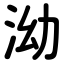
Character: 泑